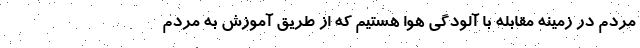
مردم در زمینه مقابله با آلودگی هوا هستیم که از طریق آموزش به مردم